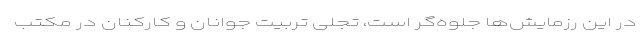
در این رزمایش‌ها جلوه‌گر است، تجلّی تربیت جوانان و کارکنان در مکتب